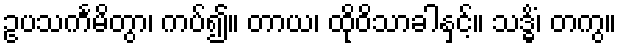
ဥပသင်္ကမိတွာ၊ ကပ်၍။ တာယ၊ ထိုဝိသာခါနှင့်။ သဒ္ဓိံ၊ တကွ။